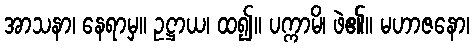
အာသနာ၊ နေရာမှ။ ဥဋ္ဌာယ၊ ထ၍။ ပက္ကာမိ၊ ဖဲ၏။ မဟာဇနော၊